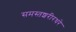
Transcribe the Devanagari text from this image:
समस्तशरीरधरे